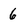
Character: 6